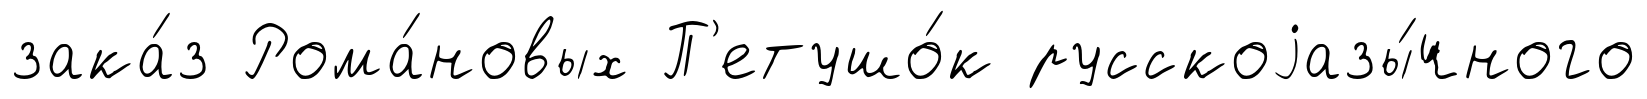
зака́з Рома́новых П'етушо́к русскоjазы́чного